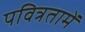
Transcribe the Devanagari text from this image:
पवित्रतामें